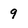
Character: 9